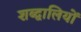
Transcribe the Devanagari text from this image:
शब्द्वालियों